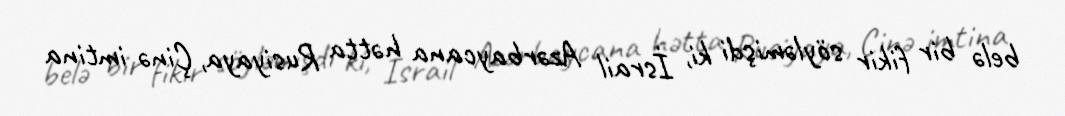
belə bir fikir söyləmişdi ki, İsrail Azərbaycana hətta Rusiyaya, Çinə imtina